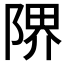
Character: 𨺬